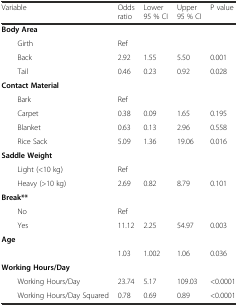
<table><thead><tr><td><b>Variable</b></td><td><b>Odds ratio</b></td><td><b>Lower 95 % CI</b></td><td><b>Upper 95 % CI</b></td><td><b>P value</b></td></tr></thead><tbody><tr><td><b>Body Area</b></td><td></td><td></td><td></td><td></td></tr><tr><td>Girth</td><td>Ref</td><td></td><td></td><td></td></tr><tr><td>Back</td><td>2.92</td><td>1.55</td><td>5.50</td><td>0.001</td></tr><tr><td>Tail</td><td>0.46</td><td>0.23</td><td>0.92</td><td>0.028</td></tr><tr><td><b>Contact Material</b></td><td></td><td></td><td></td><td></td></tr><tr><td>Bark</td><td>Ref</td><td></td><td></td><td></td></tr><tr><td>Carpet</td><td>0.38</td><td>0.09</td><td>1.65</td><td>0.195</td></tr><tr><td>Blanket</td><td>0.63</td><td>0.13</td><td>2.96</td><td>0.558</td></tr><tr><td>Rice Sack</td><td>5.09</td><td>1.36</td><td>19.06</td><td>0.016</td></tr><tr><td><b>Saddle Weight</b></td><td></td><td></td><td></td><td></td></tr><tr><td>Light (&lt;10 kg)</td><td>Ref</td><td></td><td></td><td></td></tr><tr><td>Heavy (&gt;10 kg)</td><td>2.69</td><td>0.82</td><td>8.79</td><td>0.101</td></tr><tr><td><b>Break**</b></td><td></td><td></td><td></td><td></td></tr><tr><td>No</td><td>Ref</td><td></td><td></td><td></td></tr><tr><td>Yes</td><td>11.12</td><td>2.25</td><td>54.97</td><td>0.003</td></tr><tr><td><b>Age</b></td><td></td><td></td><td></td><td></td></tr><tr><td></td><td>1.03</td><td>1.002</td><td>1.06</td><td>0.036</td></tr><tr><td><b>Working Hours/Day</b></td><td></td><td></td><td></td><td></td></tr><tr><td>Working Hours/Day</td><td>23.74</td><td>5.17</td><td>109.03</td><td>&lt;0.0001</td></tr><tr><td>Working Hours/Day Squared</td><td>0.78</td><td>0.69</td><td>0.89</td><td>&lt;0.0001</td></tr></tbody></table>